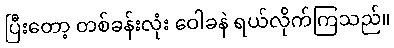
ပြီးတော့ တစ်ခန်းလုံး ဝေါခနဲ ရယ်လိုက်ကြသည်။